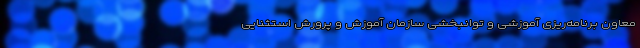
معاون برنامه‌ریزی آموزشی و توانبخشی سازمان آموزش و پرورش استثنایی